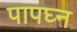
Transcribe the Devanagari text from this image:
पापघ्न